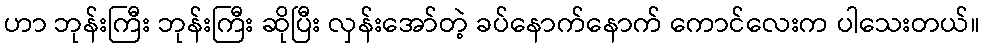
ဟာ ဘုန်းကြီး ဘုန်းကြီး ဆိုပြီး လှန်းအော်တဲ့ ခပ်နောက်နောက် ကောင်လေးက ပါသေးတယ်။